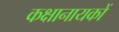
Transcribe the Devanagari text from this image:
कक्षानायकों